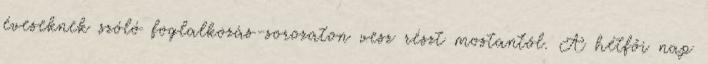
éveseknek szóló foglalkozás-sorozaton vesz részt mostantól. A hétfői nap